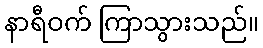
နာရီဝက် ကြာသွားသည်။